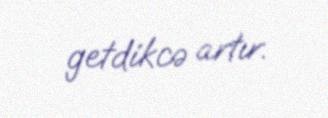
getdikcə artır.